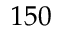
1 5 0